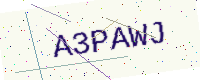
Text: A3PAWJ